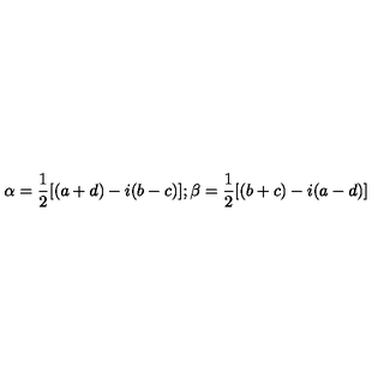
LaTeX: \alpha = \frac { 1 } { 2 } [ ( a + d ) - i ( b - c ) ] ; \beta = \frac { 1 } { 2 } [ ( b + c ) - i ( a - d ) ]